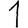
Digit: 1